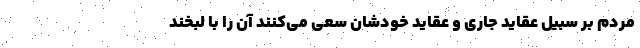
مردم بر سَبیل عقاید جاری و عقاید خودشان سعی می‌کنند آن را با لبخند